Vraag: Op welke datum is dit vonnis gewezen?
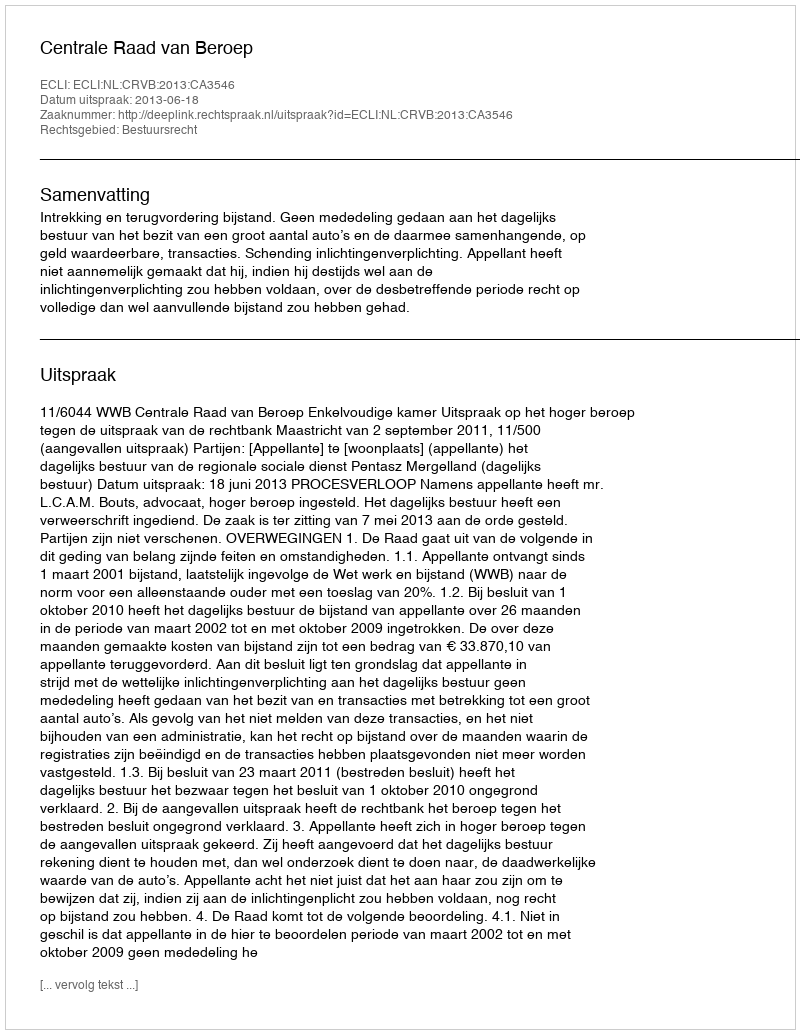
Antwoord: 2013-06-18